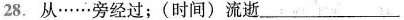
28. 从······旁经过；(时间) 流逝___